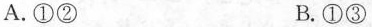
A.①② B.①③